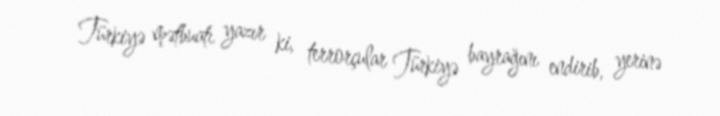
Türkiyə mətbuatı yazır ki, terrorçular Türkiyə bayrağını endirib, yerinə